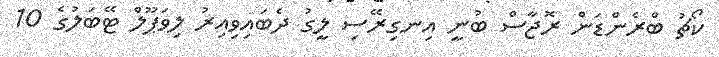
ކޯޗު ބްރެންޑަން ރޮޖާސް ބުނީ އިނގިރޭސި ލީގު ދެބައިވިއިރު ލިވަޕޫލް ޓޭބަލުގެ 10